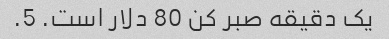
یک دقیقه صبر کن 80 دلار است. 5.